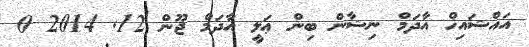
އައްޝައިޚް އާދަމް ނިޝާން ބިން ޢަލީ އާދަމް ޖޫން 12